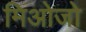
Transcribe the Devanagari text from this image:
मिओजो